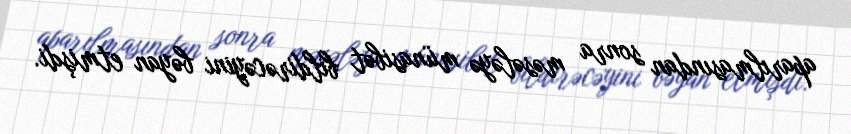
aparılmasından sonra məsələyə münasibət bildirəcəyini bəyan etmişdi.